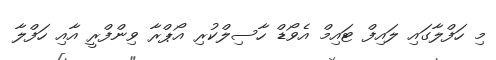
މި ހަފްލާގައި ލައިފް ޓައިމް އެވޯޑް ހާސިލްކުރި އޯޕްރާ ވިންފްރީ އާއި ހަފްލާ